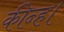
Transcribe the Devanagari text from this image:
कीन्ह।